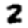
Digit: 2